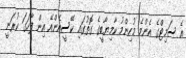
އެ ސަމިޓްގެ އެންމެ މުހިންމު ކާމިޔާބީގެ ގޮތުގައި ކޭސީއެންއޭ އިން ފާހަގަ ކުރަނީ